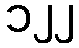
၁၂၂